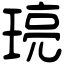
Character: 𤦻